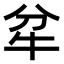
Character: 𤘝